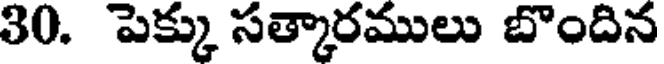
30. పెక్కు సత్కారములు బొందిన